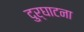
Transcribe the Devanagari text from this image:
दुर्घाटना